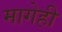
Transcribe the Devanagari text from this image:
मागेही